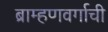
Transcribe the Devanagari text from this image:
ब्राम्हणवर्गाची